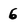
Character: 6